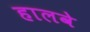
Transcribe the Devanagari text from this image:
हालवे